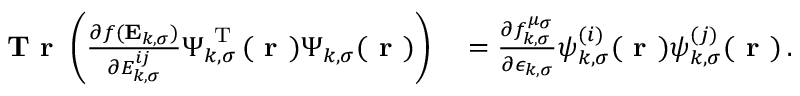
\begin{array} { r l } { \textbf { T r } \left( \frac { \partial f ( \mathbf { E } _ { k , \sigma } ) } { \partial { E } _ { k , \sigma } ^ { i j } } \boldsymbol { \Psi } _ { k , \sigma } ^ { \mathrm { ~ T ~ } } ( \boldsymbol { \textbf { r } } ) \boldsymbol { \Psi } _ { k , \sigma } ( \boldsymbol { \textbf { r } } ) \right) } & { { } = \frac { \partial f _ { k , \sigma } ^ { \mu _ { \sigma } } } { \partial \epsilon _ { k , \sigma } } \psi _ { k , \sigma } ^ { ( i ) } ( \boldsymbol { \textbf { r } } ) \psi _ { k , \sigma } ^ { ( j ) } ( \boldsymbol { \textbf { r } } ) \, . } \end{array}